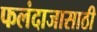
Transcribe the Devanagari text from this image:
फलंदाजासाठी